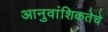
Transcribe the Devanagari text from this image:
आनुवांशिकतेचे